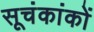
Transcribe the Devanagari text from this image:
सूचंकांकों